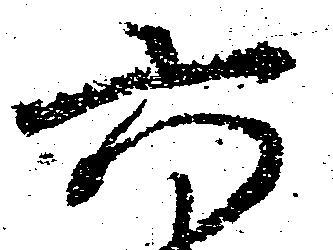
六